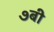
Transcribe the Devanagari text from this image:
७बी